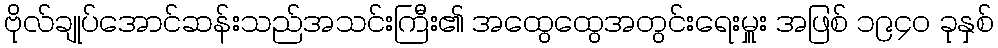
ဗိုလ်ချုပ်အောင်ဆန်းသည်အသင်းကြီး၏ အထွေထွေအတွင်းရေးမှူး အဖြစ် ၁၉၄၀ ခုနှစ်